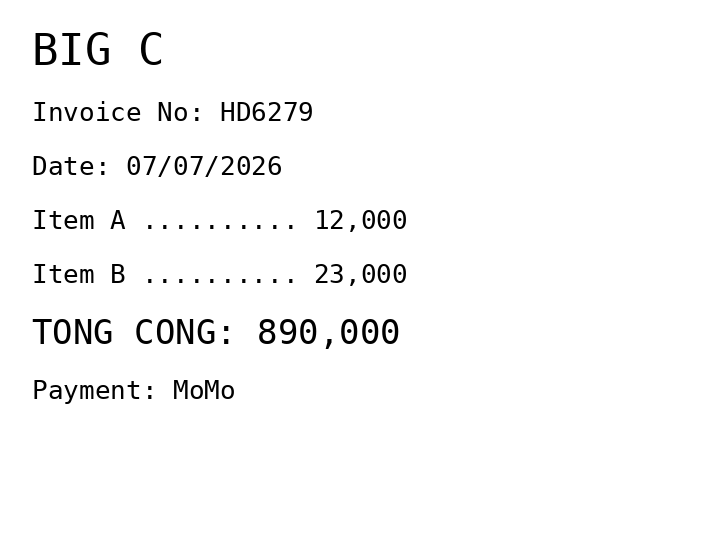
BIG C
Invoice No: HD6279
Date: 07/07/2026
Item A .......... 12,000
Item B .......... 23,000
TONG CONG: 890,000
Payment: MoMo
Merchant: big c
Date: 2026-07-07
Total: 890000
Invoice No: HD6279
Payment method: MOMO